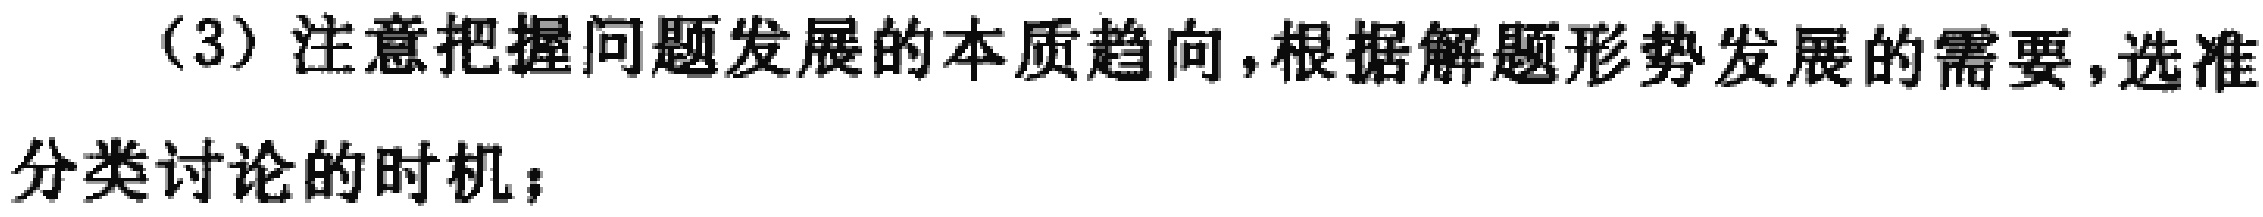
（3）注意把握问题发展的本质趋向，根据解题形势发展的需要，选准分类讨论的时机；